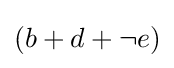
{\textstyle (b+d+\neg e)}